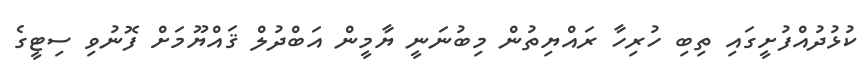
ކުޅުދުއްފުށީގައި ތިބި ހުރިހާ ރައްޔިތުން މިބުނަނީ ޔާމީން އަބްދުލް ޤައްޔޫމަށް ފޮނުވި ސިޓީގެ